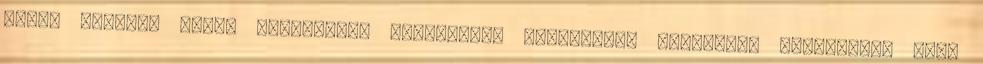
annál nagyobb lesz. boldogság, embertárs, felebarát, irigység, keserűség, öröm